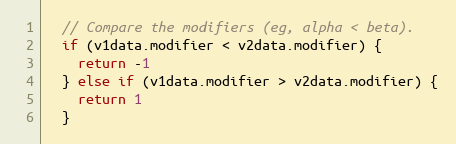
Language: JavaScript
  // Compare the modifiers (eg, alpha < beta).
  if (v1data.modifier < v2data.modifier) {
    return -1
  } else if (v1data.modifier > v2data.modifier) {
    return 1
  }